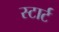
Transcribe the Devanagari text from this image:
स्‍टार्ट